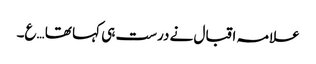
علامہ اقبال نے درست ہی کہا تھا …ع۔